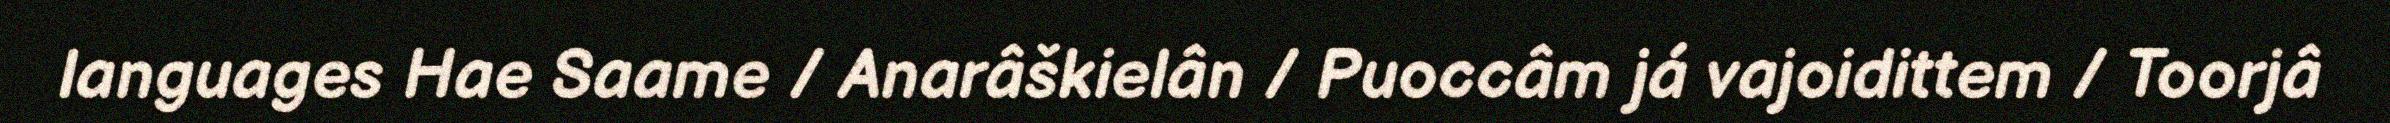
languages Hae Saame / Anarâškielân / Puoccâm já vajoidittem / Toorjâ